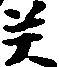
癸